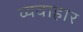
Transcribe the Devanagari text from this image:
व्यवाहार